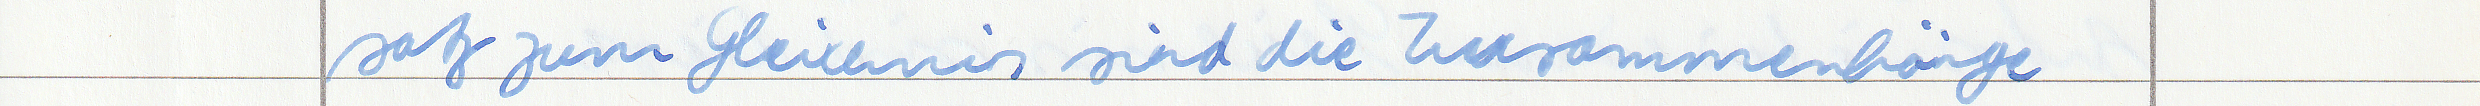
satz zum Gleichnis sind die Zusammenhänge